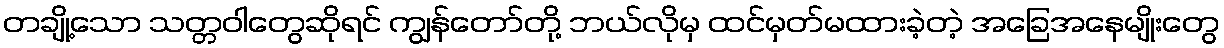
တချို့သော သတ္တဝါတွေဆိုရင် ကျွန်တော်တို့ ဘယ်လိုမှ ထင်မှတ်မထားခဲ့တဲ့ အခြေအနေမျိုးတွေ